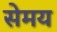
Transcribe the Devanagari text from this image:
सेमय